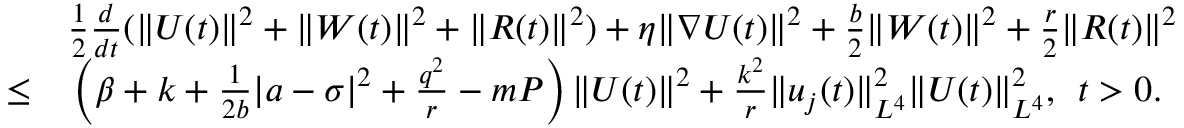
\begin{array} { r l } & { \frac { 1 } { 2 } \frac { d } { d t } ( \| U ( t ) \| ^ { 2 } + \| W ( t ) \| ^ { 2 } + \| R ( t ) \| ^ { 2 } ) + \eta \| \nabla U ( t ) \| ^ { 2 } + \frac { b } { 2 } \| W ( t ) \| ^ { 2 } + \frac { r } { 2 } \| R ( t ) \| ^ { 2 } } \\ { \leq } & { \, \left( \beta + k + \frac { 1 } { 2 b } | a - \sigma | ^ { 2 } + \frac { q ^ { 2 } } { r } - m P \right) \| U ( t ) \| ^ { 2 } + \frac { k ^ { 2 } } { r } \| u _ { j } ( t ) \| _ { L ^ { 4 } } ^ { 2 } \| U ( t ) \| _ { L ^ { 4 } } ^ { 2 } , \; \, t > 0 . } \end{array}